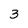
Character: 3